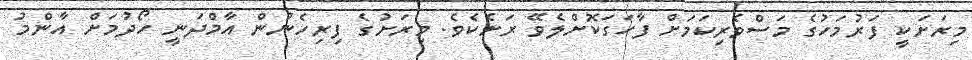
މިރަށަކީ ފަރުމަހުގެ މަސްވެރިކަމަށް ފާހަގަކޮށްލެވޭ ރަށެކެވެ. މިރަށުގެ ފިރިހެނުން އާމްދަނީ ހޯދުމަށް އާންމު